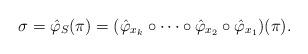
LaTeX: \begin{align*}\sigma=\hat{\varphi}_{S}(\pi)=(\hat{\varphi}_{x_{k}}\circ\cdots\circ\hat{\varphi}_{x_{2}}\circ\hat{\varphi}_{x_{1}})(\pi).\end{align*}